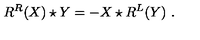
R ^ { R } ( X ) \star Y = - X \star R ^ { L } ( Y ) \ .